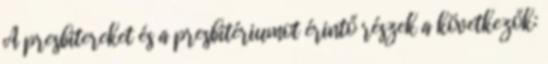
A presbitereket és a presbitériumot érintő részek a következők: